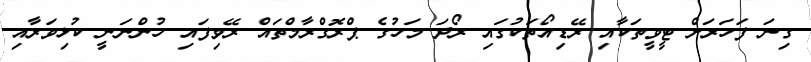
ގިނަ ފަހަރަށް ޓީވީތަކާއި ރޭޑިއޯތަކުގައި ރޯދަ މަހުގެ ޕްރޮގްރާމްތައް ރޭވިފައި ހުންނަނީ ކުޅިވަރާއި